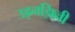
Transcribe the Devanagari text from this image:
उड़नझिल्ली